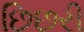
છિછરી